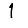
Digit: 1